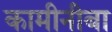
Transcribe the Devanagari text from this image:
कामीनीबा